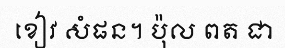
ខៀវ សំផន។ ប៉ុល ពត ជា